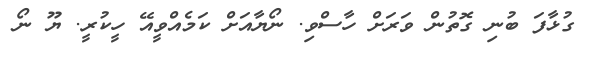
ގުޅާފަ ބުނި ގޮތުން ވަރަށް ހާސްވި. ނޯޔާއަށް ކަމެއްވީއޭ ހީކުރީ. ޔޫ ނޯ